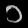
Digit: ၁